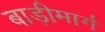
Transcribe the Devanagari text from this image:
बाड़ीमार्ग